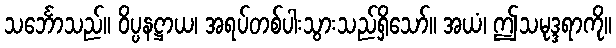
သင်္ဘောသည်။ ဝိပ္ပနဋ္ဌာယ၊ အရပ်တစ်ပါးသွားသည်ရှိသော်။ အယံ၊ ဤသမုဒ္ဒရာကို။